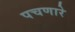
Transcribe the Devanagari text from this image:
पचणारे